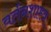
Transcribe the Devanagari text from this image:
वर्तनशास्त्र